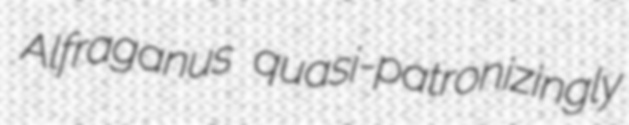
Alfraganus quasi-patronizingly